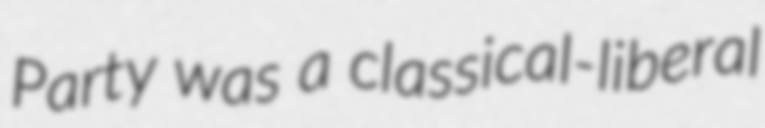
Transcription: Party was a classical-liberal